Leaving Certificate Examination (including Day School Certificate (Higher) General paper), 1932
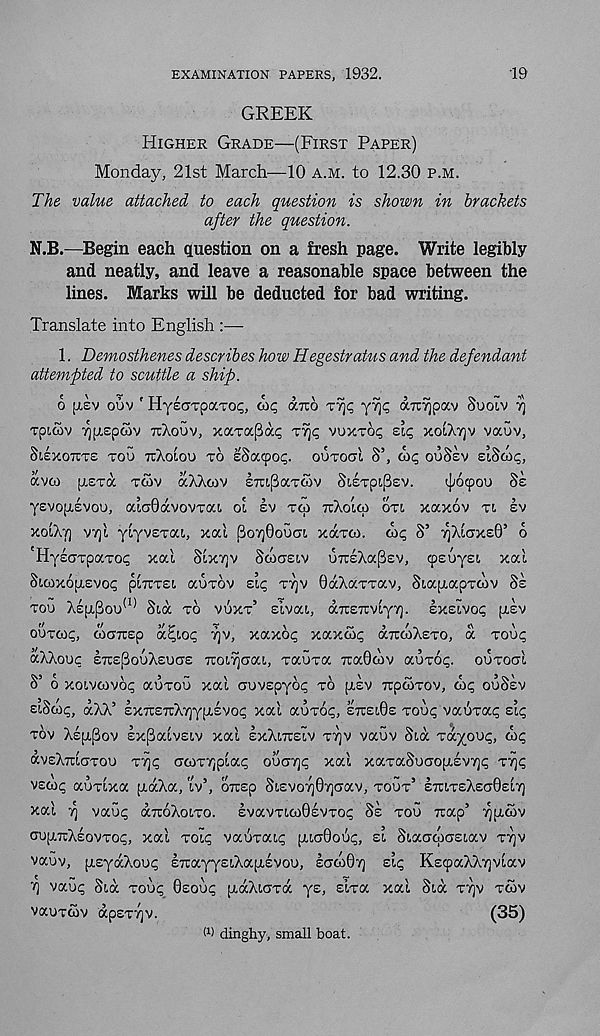
EXAMINATION PAPERS, 1932.
19
GREEK
HIGHER GRADE—(FIRST PAPER)
Monday, 21st March—10 A.M. to 12.30 P.M.
The value attached to each question is shown in brackets
after the question.
N.B.—Begin each question on a fresh page. Write legibly
and neatly, and leave a reasonable space between the
lines. Marks will be deducted for bad writing.
Translate into English :—
1. Demosthenes describes how Hegestratus and the defendant
attempted to scuttle a ship.
o [rev ouv ' HysciTpaTOi;,
aito
aTCyjpav Suoiv T)
Tpicov ^pispcov TUXOUV, xaT0c(3dc<; Tr\q VUXTCX; ZIC, XOIXTJV vauv,
SisxoTTTe TOO TrXoloo TO eSacpoc;. OUTOOT S’,
ouSsv siSco<;,
avco pi£Ta TCAV aXXoiv £7u(3aTc5v SieTpiPsv.
^ocpou Ss
yevopievoo, aLaOavovTai. ol sv TW TIXOLCO OTI xaxov TI SV
XOLXT) VT]1 ytyvETOU, xal poTjOoucri. XOCTCO. ax; S’ ^XlaxsO’ o
'HyeaTpaTo; xal Slxrjv Scoaeiv OTieXapev, (psuys!, xal
StwxojxEvoi; plitTEi auTov EI; TT]V GaXaTTav, SiapLapTOiv Ss
TOO XE[XPOU
(1) Sia TO VUXT’ slvat,, aTtEirvlyY]. EXEIVO; ptsv
OUTCO;, woTrsp a^io; 7)v, xaxo; xaxcSi; aircoXsTO, a TOO;
aXXoo; ETcspooXsoas TroiTjaai, TaoTa TtaOcov aoTo;. OOTOCTI
S’ 6 xoivcovo; aoToo xal oovEpyo; TO [XEV TtpcoTov, dx; ooSsv
siSco;, aXX’ EXTtETrXyjypisvo; xal aoTo;, ETCEIOE TOO; vaoTa; EL;
TOV XE[I,[3OV sxpatvsiv xal EXXOTEIV TTJV vaov Sia Tayoo;, oi;
avEXTOOTOO TT); crcoT7]pla; OOCTY]; xal xaTaSoaoptEVT]; T^;
VE(O; aoTixa [xaXa, iv’, oTOp St.svo7]0Y)<7av, TOOT’ ETUTEXECTOELT]
xal ■}] vao; (XTCOXOLTO. EvavT(.a)0EVTo; Ss TOO Trap’ T)[XCOV
ou[i.7i:XEovTo;, xal TOI; vaoTat,; pacrOoS;, zl St.aacoa’Et.av TTJV
vaov, pisyaXoo; EiuayysiXapiEvoo, Eorco07) si; KstpaXX^vlav
vao; Sia TOO; 0EOO; ptaXtoTa ys, sHa xal Sia TT]V TCOV
vaoTcov apETTjv.
(35)
W dinghy, small boat.